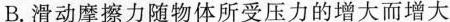
B. 滑动摩擦力随物体所受压力的增大而增大